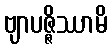
ဗျာပဇ္ဇိဿာမိ